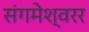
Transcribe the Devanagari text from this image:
संगमेश्वरर